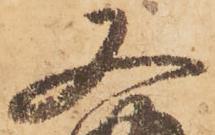
又